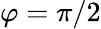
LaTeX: \varphi=\pi/2